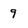
Character: 9